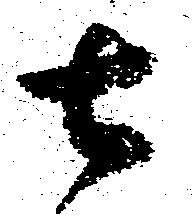
七